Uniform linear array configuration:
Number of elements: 24
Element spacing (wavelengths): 0.5
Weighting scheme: kaiser
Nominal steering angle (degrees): -60
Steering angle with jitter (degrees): -58.051
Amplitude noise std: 0.05
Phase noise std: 0.05

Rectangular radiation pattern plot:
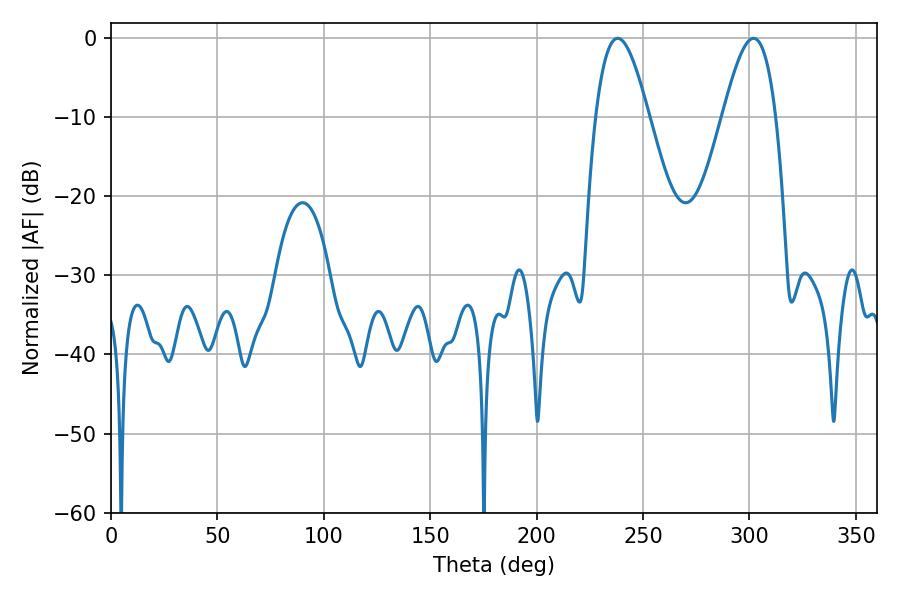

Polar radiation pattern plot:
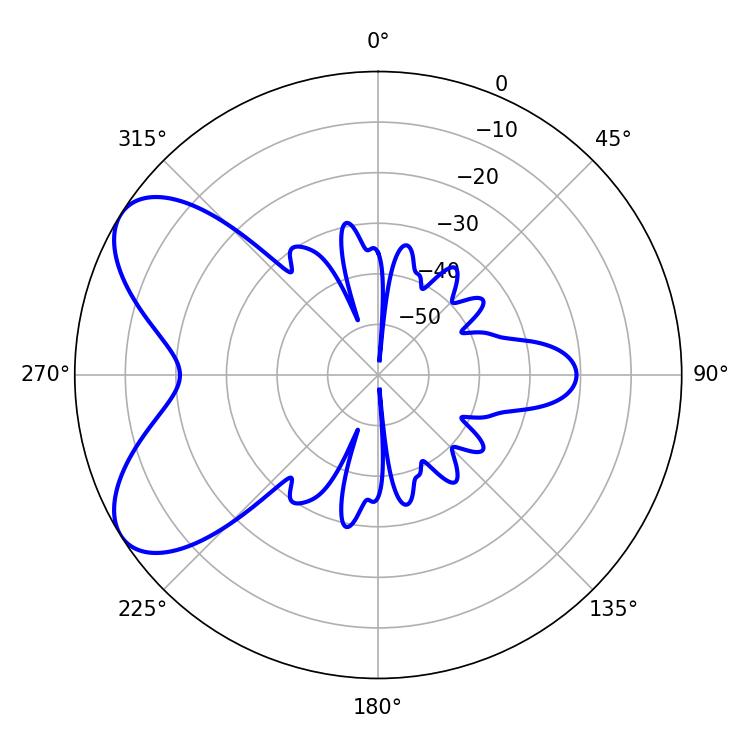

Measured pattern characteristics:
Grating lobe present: FALSE
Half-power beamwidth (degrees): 13.5
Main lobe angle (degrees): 238.14